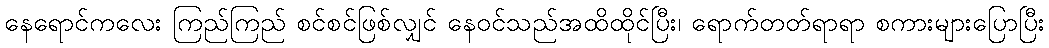
နေရောင်ကလေး ကြည်ကြည် စင်စင်ဖြစ်လျှင် နေဝင်သည်အထိထိုင်ပြီး၊ ရောက်တတ်ရာရာ စကားများပြောပြီး